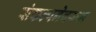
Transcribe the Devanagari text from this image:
संकल्पनेवरून